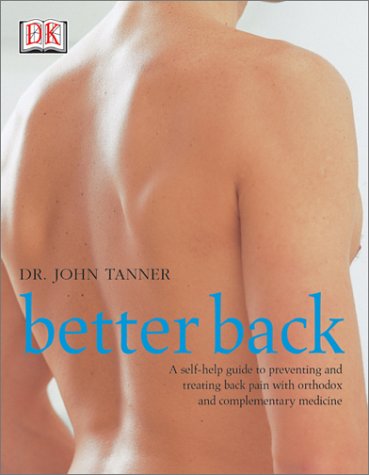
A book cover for Better Back; John Tanner; Health, Fitness & Dieting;